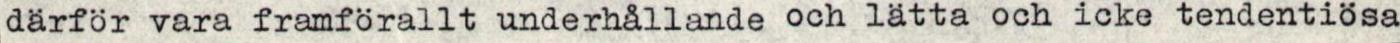
därför vara framförallt underhållande och lätta och icke tendentiösa